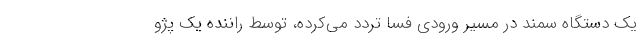
یک دستگاه سمند در مسیر ورودی فسا تردد می‌کرده، توسط راننده یک پژو